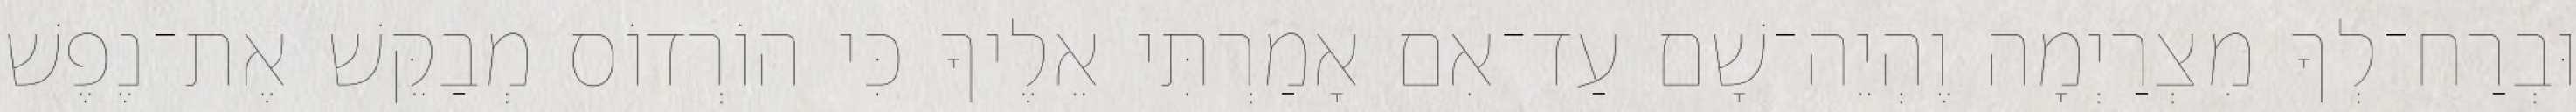
וּבְרַח־לְךָ מִצְרַיְמָה וֶהְיֵה־שָׁם עַד־אִם אָמַרְתִּי אֵלֶיךָ כִּי הוֹרְדוֹס מְבַקֵּשׁ אֶת־נֶפֶשׁ